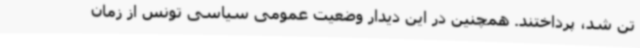
تن شد، پرداختند. همچنین در این دیدار وضعیت عمومی سیاسی تونس از زمان